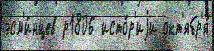
эсм'и́нцев р1806 исто́р'иjи окт'ябр'я́